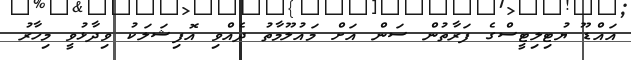
އައްޑޫ ޔުޓިލިޓީސްގެ ފަރާތުން ސަން އަށް މައުލޫމާތު ދެއްވި އޮފިޝަލަކު ވިދާޅުވީ މިހާރު